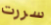
سررت